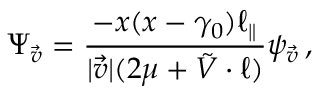
\Psi _ { \vec { v } } = \frac { - x ( x - \gamma _ { 0 } ) \ell _ { \parallel } } { | \vec { v } | ( 2 \mu + \tilde { V } \cdot \ell ) } \psi _ { \vec { v } } \, ,